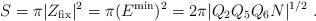
LaTeX: \begin{align*}S= \pi |Z_{\rm fix}|^2 = \pi (E^{\rm min})^2 = 2\pi |Q_2 Q_5 Q_6 N|^{1/2} \ .\end{align*}